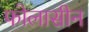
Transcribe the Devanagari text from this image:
फोलासीन